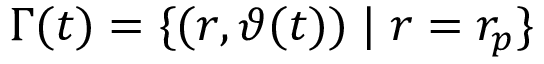
\Gamma ( t ) = \{ ( r , \vartheta ( t ) ) \; \vert \; r = r _ { p } \}